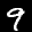
Label: 9